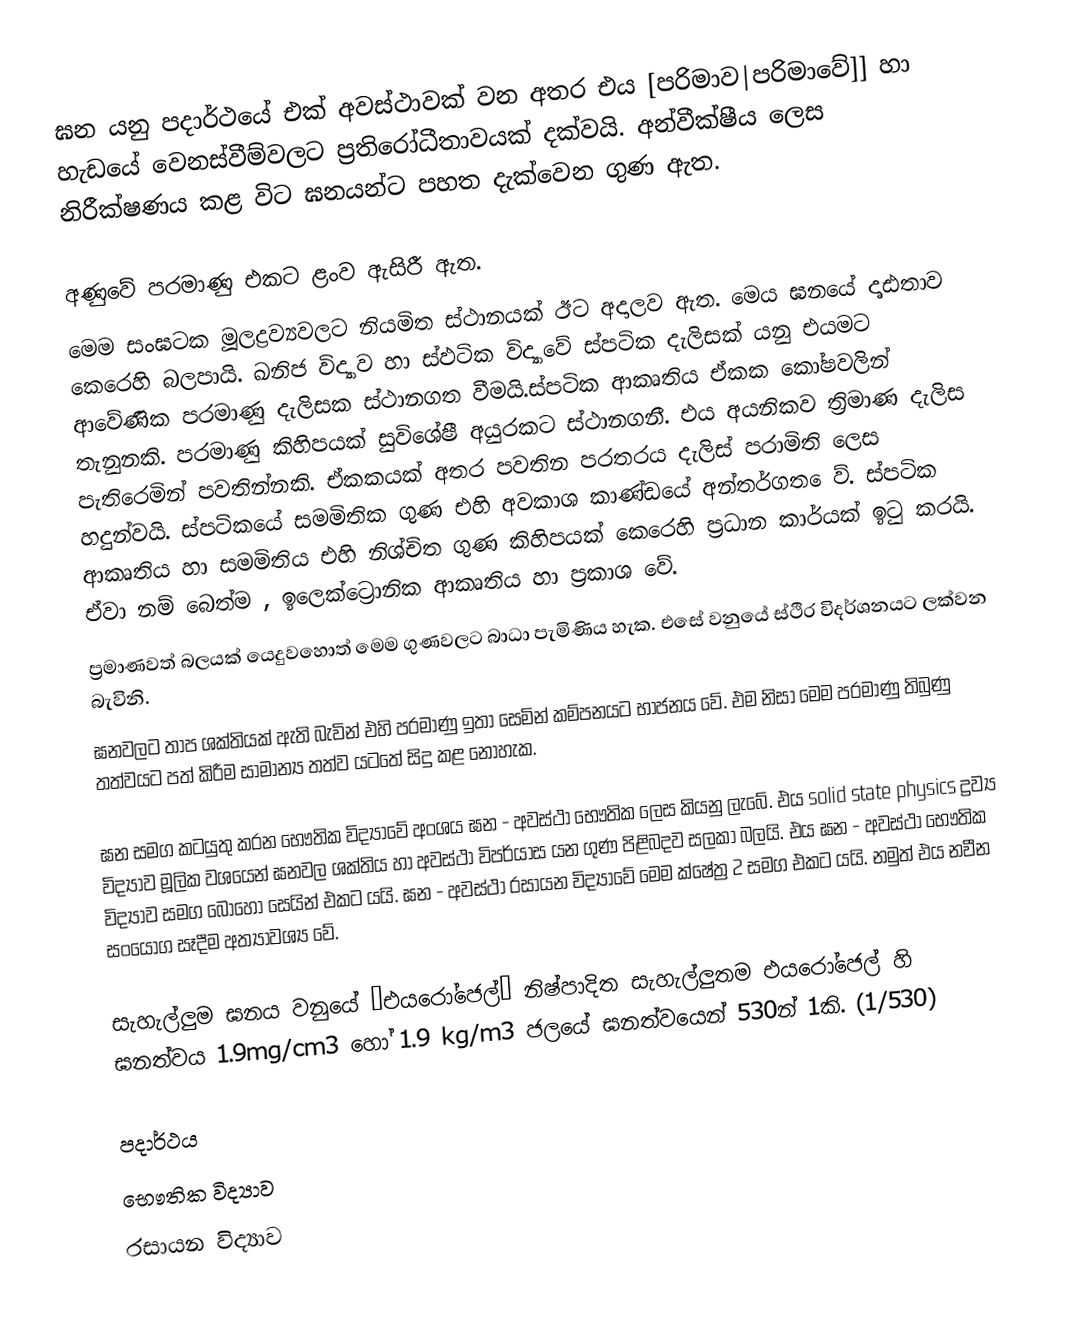
ඝන යනු පදාර්ථයේ එක් අවස්ථාවක් වන අතර එය [පරිමාව|පරිමාවේ]] හා හැඩයේ වෙනස්වීම්වලට ප්‍රතිරෝධීතාවයක් දක්වයි. අන්වීක්ෂීය ලෙස නිරීක්ෂණය කළ විට ඝනයන්ට පහත දැක්වෙන ගුණ ඇත.

	අණුවේ පරමාණු එකට ළංව ඇසිරී ඇත.
	මෙම සංඝටක මූලද්‍රව්‍යවලට නියමිත ස්ථානයක් ඊට අදාලව ඇත. මෙය ඝනයේ දෘඪතාව ‍කෙරෙහි බලපායි. ඛනිජ විද්‍යාව හා ස්ඵටික විද්‍යාවේ ස්පටික දැලිසක් යනු එයමට ආවේණික පරමාණු දැලිසක ස්ථානගත වීමයි.ස්පටික ආකෘතිය ඒකක කෝෂවලින් තැනුනකි. පරමාණු කිහිපයක් සුවිශේෂී අයුරකට ස්ථානගනී. එය අයනිකව ත්‍රිමාණ දැලිස පැතිරෙමින් පවතින්නකි. ඒකකයක් අතර පවතින පරතරය දැලිස් පරාමිති ලෙස හදුන්වයි. ස්පටිකයේ සමමිතික ගුණ එහි අවකාශ කාණ්ඩයේ අන්තර්ගත ‍ෙ‍ව්. ස්පටික ආකෘතිය හා සමමිතිය එහි නිශ්චිත ගුණ කිහිපයක් කෙරෙහි ප්‍රධාන කාර්යක් ඉටු කරයි. ඒවා නම් බෙත්ම , ඉලෙක්ට්‍රොනික ආකෘතිය හා ප්‍රකාශ වේ.
	ප්‍රමාණවත් බලයක් යෙදුවහොත් මෙම ගුණවලට බාධා පැමිණිය හැක. එසේ වනුයේ ස්ථිර විදර්ශනයට ලක්වන බැවිනි.
	ඝනවලට තාප ශක්තියක් ඇති බැවින් එහි පරමාණු ඉතා සෙමින් කම්පනයට භාජනය වේ. එම නිසා මෙම පරමාණු තිබුණු තත්වයට පත් කිරීම සාමාන්‍ය තත්ව යටතේ සිදු කළ නොහැක.

ඝන සමග කටයුතු කරන භෞතික විද්‍යාවේ අංශය ඝන - අවස්ථා භෞතික ලෙස කියනු ලැබේ. එය solid state physics ද්‍රව්‍ය විද්‍යාව මූලික වශයෙන් ඝනවල ශක්තිය හා අවස්ථා විපර්යාස යන ගුණ පිළිබදව සලකා බලයි. එය ඝන - අවස්ථා භෞතික විද්‍යාව සමග බොහෝ සෙයින් එකට යයි. ඝන - අවස්ථා රසායන විද්‍යාවේ මෙම ක්ෂේත්‍ර 2 සමග එකට යයි. නමුත් එය නවීන සංයෝග සෑදීම අත්‍යාවශ්‍ය වේ.

සැහැල්ලුම ඝනය වනුයේ ‘එයරෝජෙල්’ නිෂ්පාදිත සැහැල්ලුතම එයරෝජෙල් හි ඝනත්වය 1.9mg/cm3 හෝ 1.9 kg/m3 ජලයේ ඝනත්වයෙන් 530න් 1කි. (1/530)

පදාර්ථය
භෞතික විද්‍යාව
රසායන විද්‍යාව